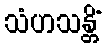
သံဟသန္တိံ